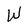
Character: W